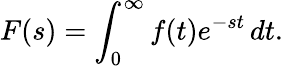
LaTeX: F(s)=\int_{0}^{\infty}f(t)e^{-st}\, dt.